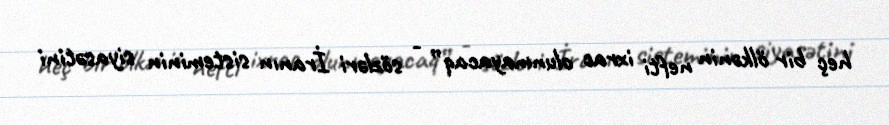
heç bir ölkənin nefti ixrac olunmayacaq” - sözləri İranın sisteminin siyasətini